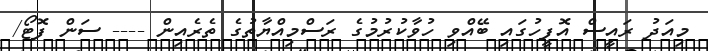
މިއަދު ރައީސް އޮފީހުގައި ބޭއްވި ހުވާކުރުމުގެ ރަސްމިއްޔާތުގެ ތެރެއިން ---- ސަން ފޮޓޯ/